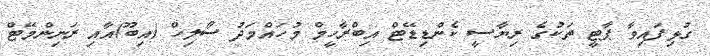
ގުޅިފައިވާ ޕާޓީ ތަކުގެ ރިޔާސީ ކެންޑިޑޭޓް އިބްރާހީމް މުހައްމަދު ސޯލިހް (އިބޫ)އާއި ރަނިންމޭޓް